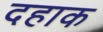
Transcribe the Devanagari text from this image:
दहाक